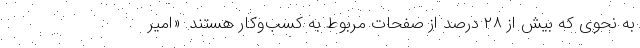
به نحوی که بیش از ۲۸ درصد از صفحات مربوط به کسب‌وکار هستند. «امیر